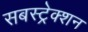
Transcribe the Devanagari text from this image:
सबस्ट्रेक्शन